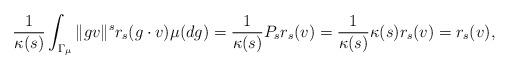
LaTeX: \begin{align*}\frac{ 1 }{\kappa(s)} \int_{\Gamma_{\mu}} \|gv\|^s r_s(g \cdot v) \mu(dg) = \frac{ 1 }{\kappa(s)} P_s r_s(v) = \frac{ 1 }{\kappa(s)} \kappa(s) r_s(v) = r_s(v), \end{align*}